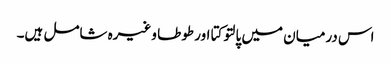
اس درمیان میں پالتو کتا اور طوطا وغیرہ شامل ہیں۔